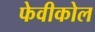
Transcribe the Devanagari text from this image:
फेवीकोल